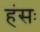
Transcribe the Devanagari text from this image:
हंसः